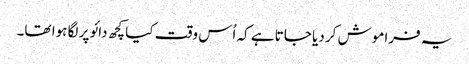
یہ فراموش کر دیا جاتا ہے کہ اُس وقت کیا کچھ دائو پر لگا ہوا تھا۔